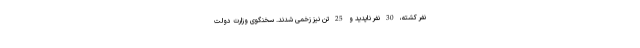
نفر کشته، 30 نفر ناپدید و 25 تن نیز زخمی شدند. سخنگوی وزارت دولت